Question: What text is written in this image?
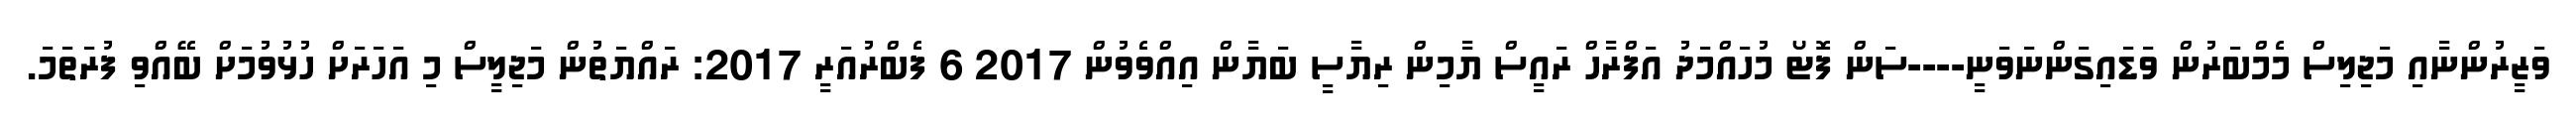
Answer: ވަޒީރުންނާއި މަޖިލިސް މެމްބަރުން ވަޑައިގަންނަވަނީ----ސަން ފޮޓޯ މުހައްމަދު އަފްރާހް ރައީސް ޔާމިން ރިޔާސީ ބަޔާން އިއްވެވުން 2017 6 ފެބްރުއަރީ 2017: ރައްޔަތުން މަޖިލީސް މި އަހަރަށް ހުޅުވުމަށް ބޭއްވި ފުރަތަމަ.